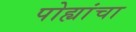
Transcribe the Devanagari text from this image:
पोह्यांचा